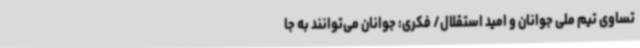
تساوی تیم ملی جوانان و امید استقلال/ فکری: جوانان می‌توانند به جا